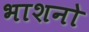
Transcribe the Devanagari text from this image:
भाशनो